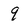
Character: 9